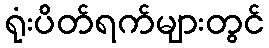
ရုံးပိတ်ရက်များတွင်